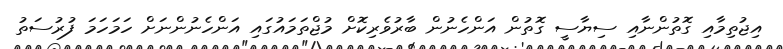
އިޖުތިމާއި ގޮތުންނާއި ސިޔާސީ ގޮތުން އަންހެނުން ބާރުވެރިކޮށް މުޖްތަމައުގައި އަންހެނުންނަށް ހަމަހަމަ ފުރުސަތު